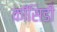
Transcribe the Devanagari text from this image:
कॉसिडी